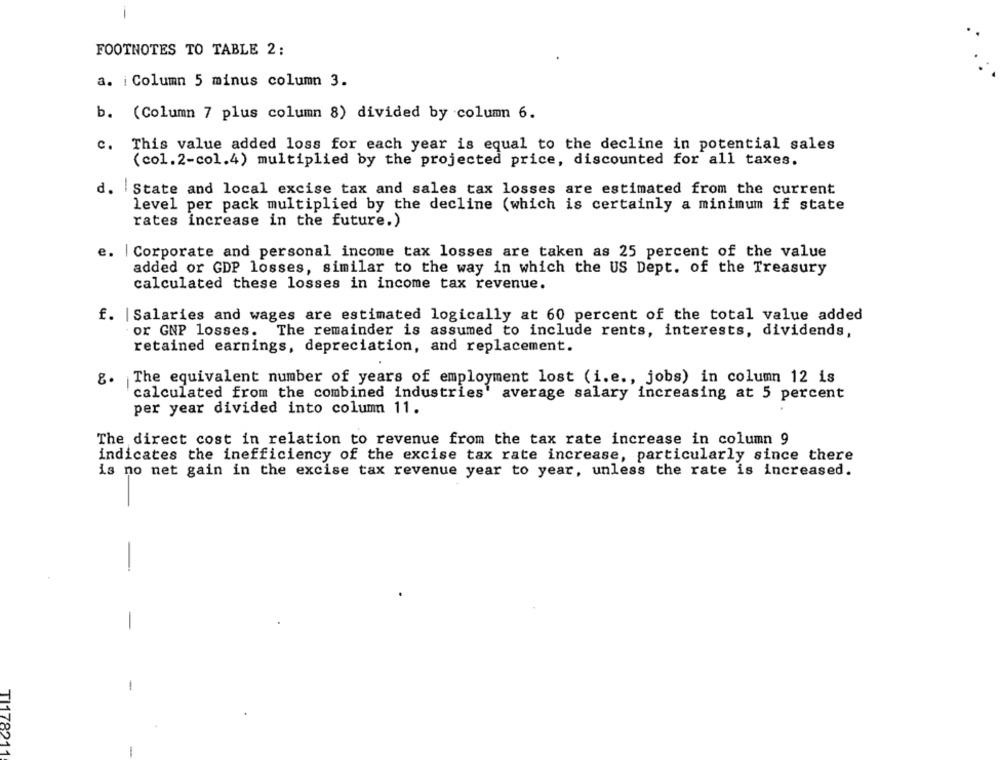
-
FOOTNOTES TO TABLE 2;
a. i Column 5 minus column 3.
b. (Column 7 plus column 8) divided by column 6.
c.
This value added loss for each year is equal to the decline in potential sales
(col.2-col.4) multiplied by the projected price, discounted for all taxes.
d. State and local excise tax and sales tax losses are estimated from the current
level per pack multiplied by the decline (which is certainly a minimum if state
rates increase in the future.)
e. | Corporate and personal income tax losses are taken as 25 percent of the value
added or GDP losses, similar to the way in which the US Dept. of the Treasury
calculated these losses in income tax revenue.
f. | Salaries and wages are estimated logically at 60 percent of the total value added
or GNP losses. The remainder is assumed to include rents, interests, dividends,
retained earnings, depreciation, and replacement.
8.
The equivalent number of years of employment lost (i.e ., jobs) in column 12 is
calculated from the combined industries' average salary increasing at 5 percent
per year divided into column 11.
The direct cost in relation to revenue from the tax rate increase in column 9
indicates the inefficiency of the excise tax rate increase, particularly since there
is no net gain in the excise tax revenue year to year, unless the rate is increased.
-
-
-
TI178211